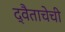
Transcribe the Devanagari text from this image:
द्वैताचेची